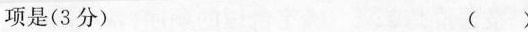
项是(3分) （）